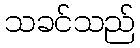
သခင်သည်